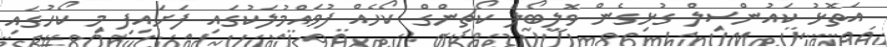
އަތޮޅު ކައުންސިލް ގުޅިގެން ވޮލީބޯލް ކޯޗިންގް ކޯހެއް ފުވައްމުލަކުގައި ފަށައިފި މި ކޯހުގައި